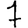
Digit: 7